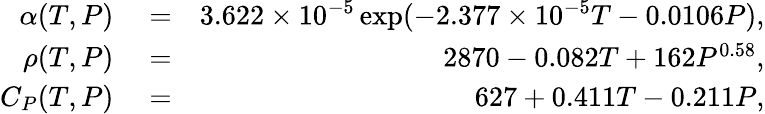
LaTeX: \begin{array}{rlr}{\alpha(T,P)}&{{}=}&{3.622\times 10^{-5}\exp(-2.377\times 10^{-5}T-0.0106P),}\\ {\rho(T,P)}&{{}=}&{2870-0.082T+162P^{0.58},}\\ {C_{P}(T,P)}&{{}=}&{627+0.411T-0.211P,}\end{array}